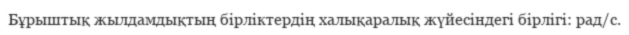
Бұрыштық жылдамдықтың бірліктердің халықаралық жүйесіндегі бірлігі: рад/с.